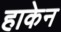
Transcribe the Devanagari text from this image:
हाकेन